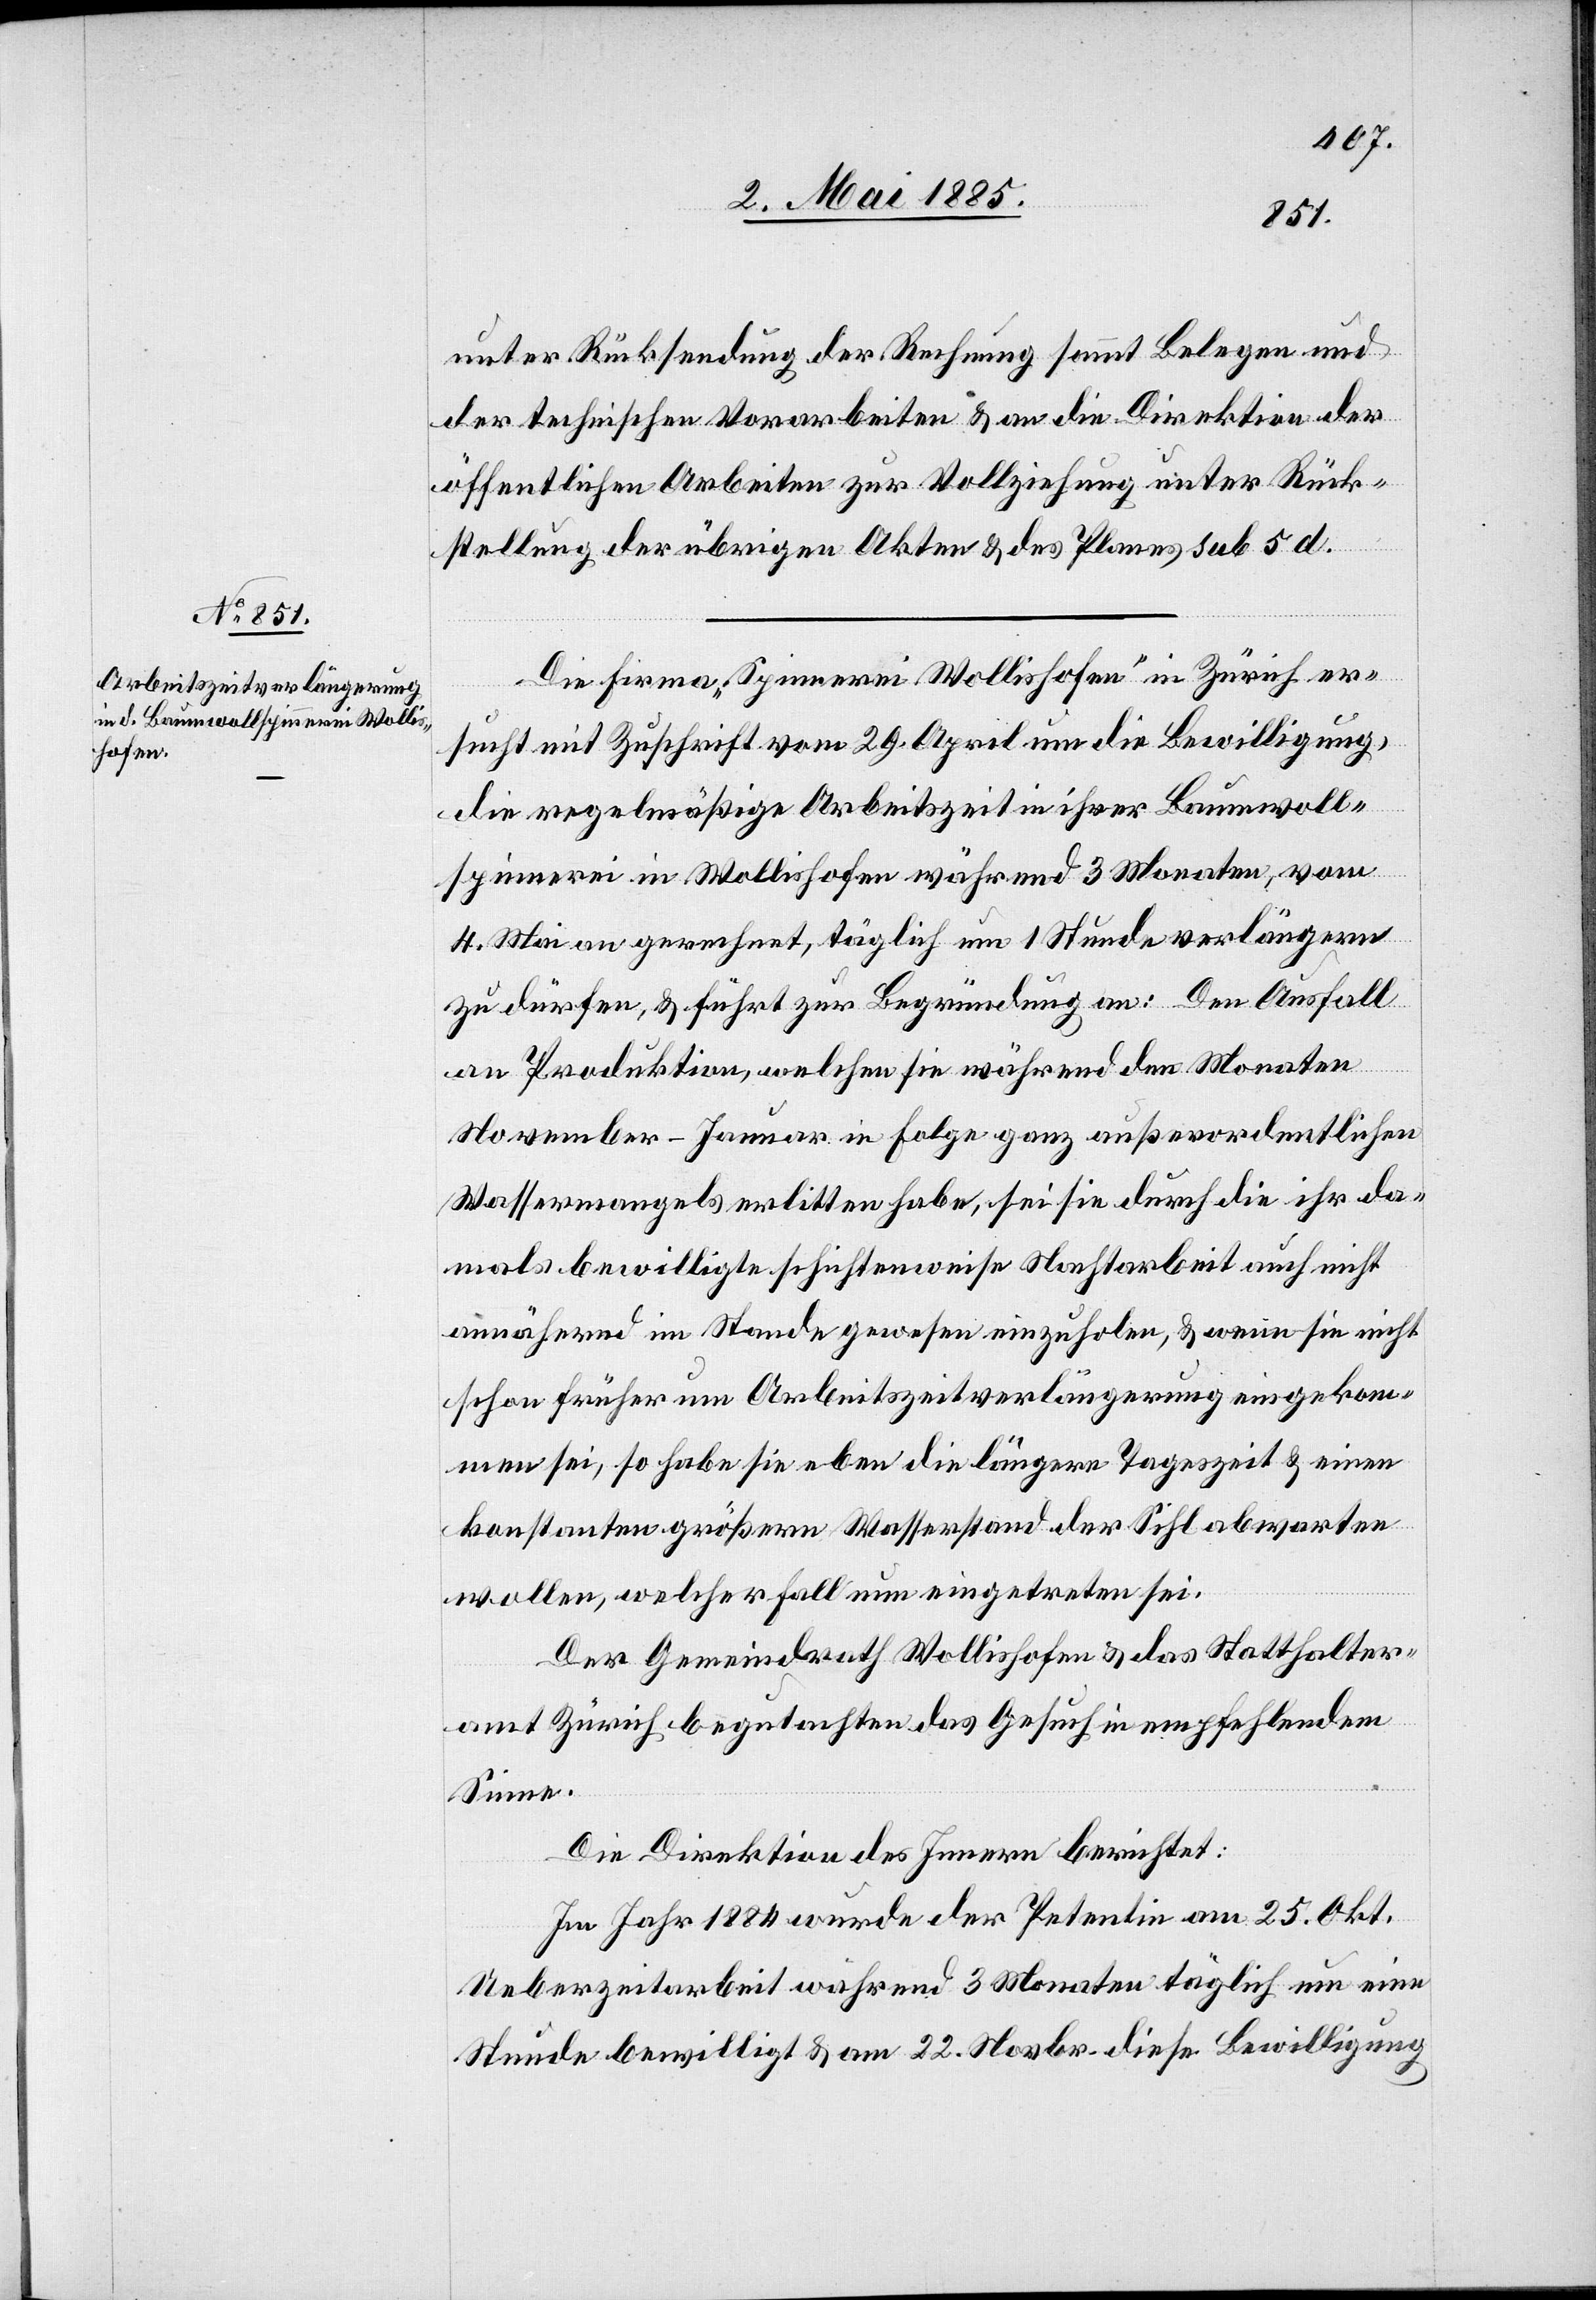
unter Rücksendung der Rechnung sammt Belegen und
der technischen Vorarbeiten & an die Direktion der
öffentlichen Arbeiten zur Vollziehung unter Rück¬
stellung der übrigen Akten & des Planes sub 5 d.
Die Firma „Spinnerei Wollishofen“ in Zürich er¬
sucht mit Zuschrift vom 29. April um die Bewilligung,
die regelmäßige Arbeitszeit in ihrer Baumwoll¬
spinnerei in Wollishofen während rund 3 Monaten, vom
4. Mai an gerechnet, täglich um 1 Stunde verlängern
zu dürfen, & führt zur Begründung an: Den Ausfall
an Produktion, welchen sie während den Monaten
November–Januar in Folge ganz außerordentlichen
Wassermangels erlitten haben, sei sie durch die ihr da¬
mals bewilligte schichtenweise Nachtarbeit auch nicht
annähernd im Stande gewesen einzuholen, & wenn sie nicht
schon früher um Arbeitszeitverlängerung eingekom¬
men sei, so habe sie eben die längere Tageszeit & einen
konstanten größern Wasserstand der Sihl abwarten
wollen, welcher Fall nun eingetreten sei.
Der Gemeindrath Wollishofen& das Statthalter¬
amt Zürich begutachten das Gesuch in empfehlendem
Sinne.
Die Direktion des Innern berichtet:
Im Jahre 1884 wurde der Petentin am 25. Okt.
Ueberzeitarbeit während 3 Monaten täglich um eine
Stunde bewilligt & am 22. Novbr. diese Bewilligung